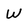
Character: W